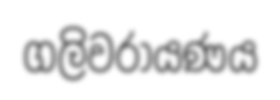
ගලිවරායණය